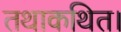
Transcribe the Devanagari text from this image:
तथाकथित।